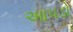
આપડો